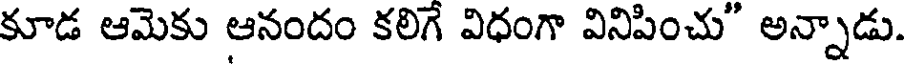
కూడ ఆమెకు ఆనందం కలిగే విధంగా వినిపించు" అన్నాడు.